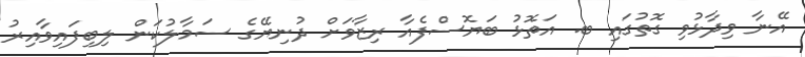
އޭނާ ވިދާޅުވި ގޮތުގައި ބ. އަތޮޅު ބަޔޮސްފެއާ ރިޒާވަށް ދުނިޔޭގެ ސަމާލުކަން ލިބިފައިވާއިރު